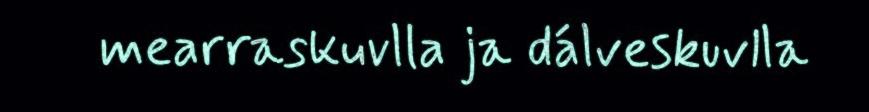
mearraskuvlla ja dálveskuvlla